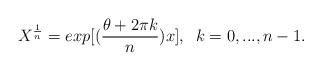
LaTeX: \begin{align*}X^{\frac{1}{n}} = exp [(\frac{\theta + 2\pi k}{n})x], \; \;k=0,...,n-1.\end{align*}